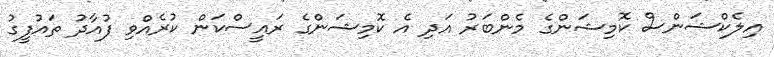
އިލެކްޝަންސް ކޮމިޝަންގެ މެންބަރު އަދި އެ ކޮމިޝަންގެ ރައީސްކަން ކުރެއްވި ފުއާދު ތައުފީގު